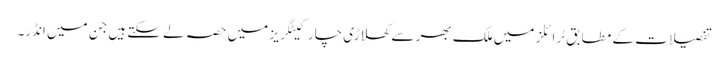
تفصیلات کے مطابق ٹرائلز میں ملک بھر سے کھلاڑی چار کیٹگریز میں حصہ لے سکتے ہیں جن میں انڈر۔